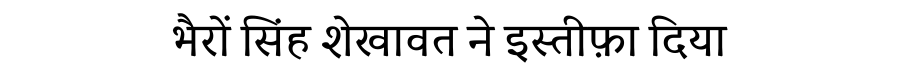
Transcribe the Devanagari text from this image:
भैरों सिंह शेखावत ने इस्तीफ़ा दिया